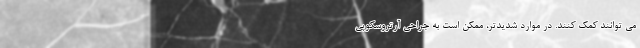
می توانند کمک کنند. در موارد شدیدتر، ممکن است به جراحی آرتروسکوپی